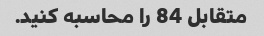
متقابل 84 را محاسبه کنید.